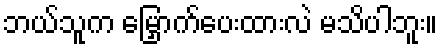
ဘယ်သူက မြှောက်ပေးထားလဲ မသိပါဘူး။